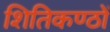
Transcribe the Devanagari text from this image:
शितिकण्ठों